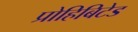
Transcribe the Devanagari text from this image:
प्रोहिबिटेड